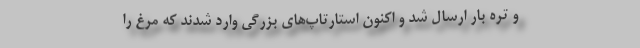
و تره بار ارسال شد و اکنون استارتاپ‌های بزرگی وارد شدند که مرغ را